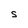
Character: S